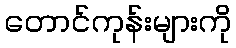
တောင်ကုန်းများကို